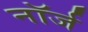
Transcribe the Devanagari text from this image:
नॉर्ज